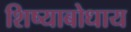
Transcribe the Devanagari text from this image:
शिष्याबोधाय